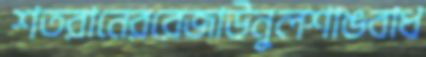
শতরানেররেজাউনুলশাঙবাধ